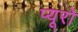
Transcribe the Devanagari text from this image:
प्यूरो